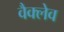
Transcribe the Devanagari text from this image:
वैक्लेव